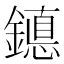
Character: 𰽆